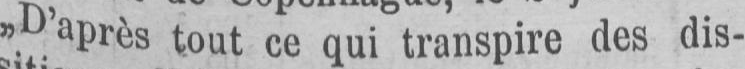
»D’après tout ce qui transpire des dis-